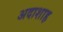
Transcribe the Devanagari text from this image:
अदाशाह